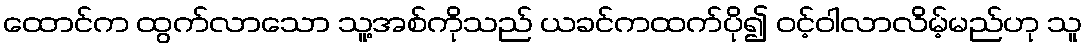
ထောင်က ထွက်လာသော သူ့အစ်ကိုသည် ယခင်ကထက်ပို၍ ဝင့်ဝါလာလိမ့်မည်ဟု သူ